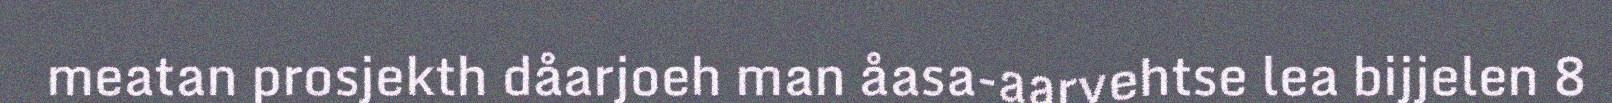
meatan prosjekth dåarjoeh man åasa-aarvehtse lea bijjelen 8